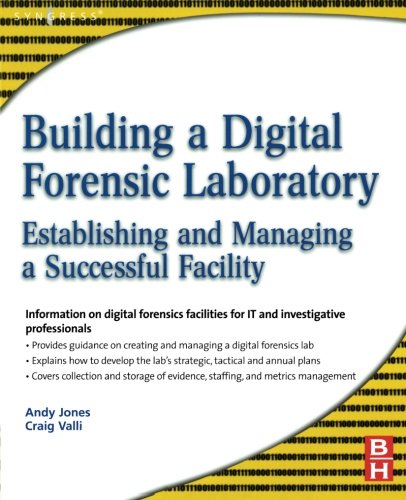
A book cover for Building a Digital Forensic Laboratory: Establishing and Managing a Successful Facility; Andrew Jones; Law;